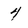
Character: 4